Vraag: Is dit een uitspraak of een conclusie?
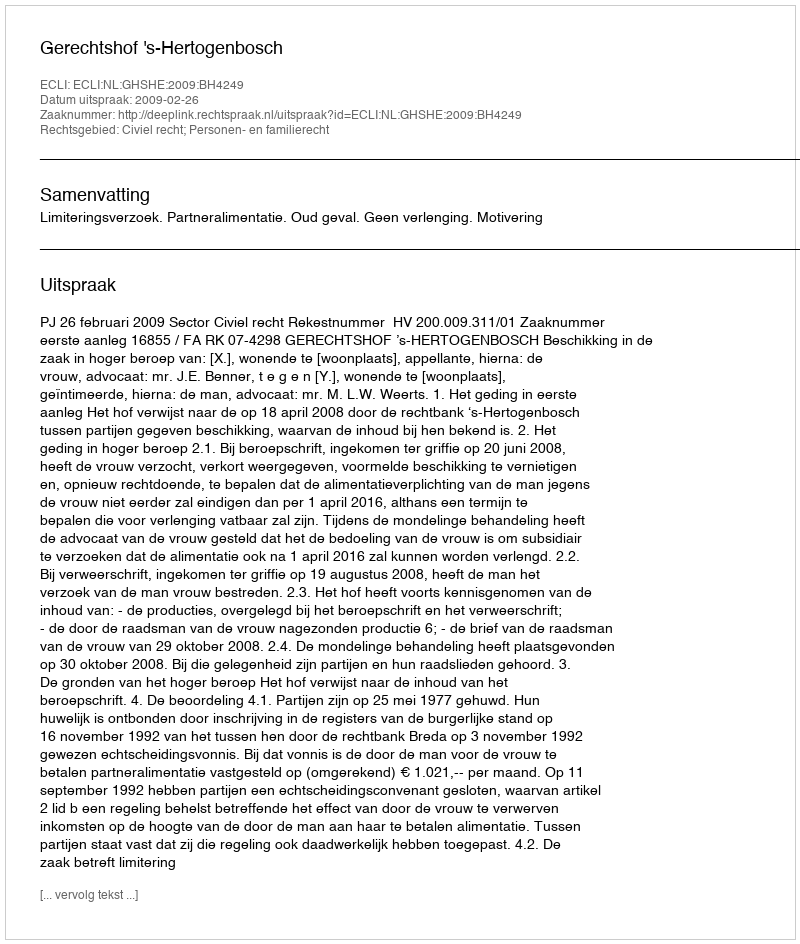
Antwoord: Uitspraak